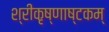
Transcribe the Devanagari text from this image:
श्रीकृष्णाष्टकम्‌